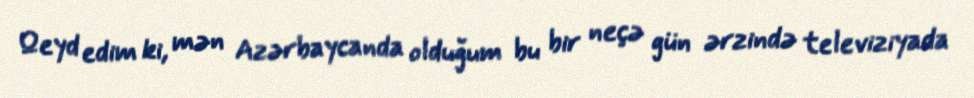
Qeyd edim ki, mən Azərbaycanda olduğum bu bir neçə gün ərzində televiziyada